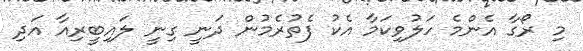
މި ރޯގާ އެންމެ ހަލުވިކަމާ އެކު ފެތުރެމުން ދަނީ ގިނީ ލައިބީރިއާ އަދި